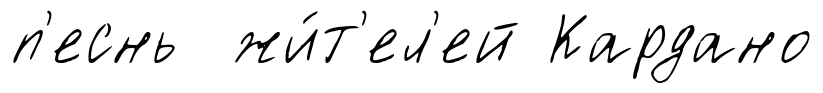
п'еснь жи́т'ел'ей Кардано